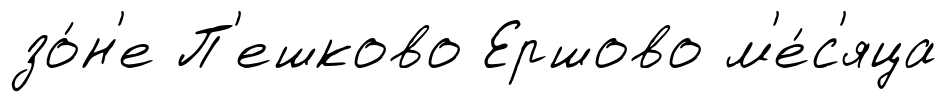
зо́н'е П'ешково Ершово м'е́с'яца